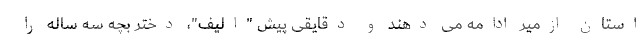
استان ازمیر ادامه می دهند و دقایقی پیش "الیف"، دختر بچه سه ساله را